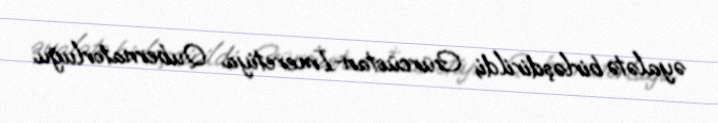
əyalətə birləşdirildi; Gürcüstan-İmeretiya Qubernatorluğu.